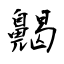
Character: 齃